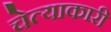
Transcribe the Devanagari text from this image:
चेत्याकारी